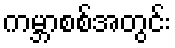
ကမ္ဘာစစ်အတွင်း